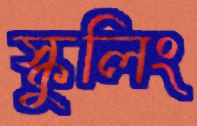
স্কুলিং